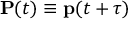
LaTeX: \mathbf { P } ( t ) \equiv \mathbf { p } ( t + \tau )